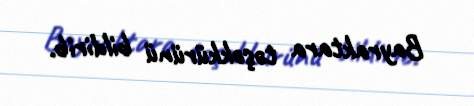
Bayraktara təşəkkürünü bildirib.